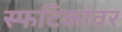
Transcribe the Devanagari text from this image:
स्फटिकांवर